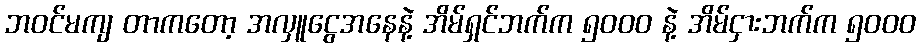
ဘဝင်မကျ တာကတော့ အလှူငွေအနေနဲ့ အိမ်ရှင်ဘက်က ၅၀၀၀ နဲ့ အိမ်ငှားဘက်က ၅၀၀၀